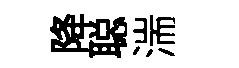
降聪湍